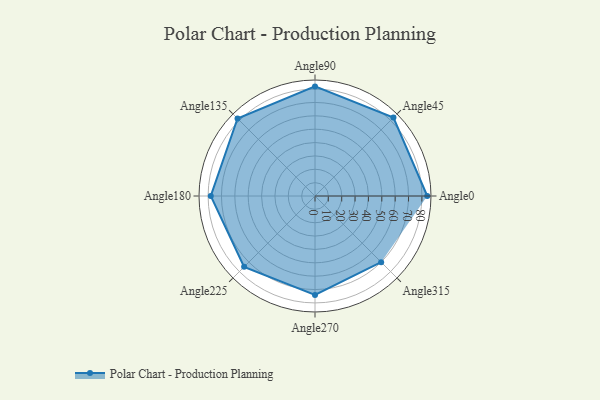
{"axis": {"x": "Angle", "y": "Radius"}, "legend": [""], "data": [{"x": "Angle0", "y": 84.0, "type": ""}, {"x": "Angle45", "y": 83.0, "type": ""}, {"x": "Angle90", "y": 82.0, "type": ""}, {"x": "Angle135", "y": 82.0, "type": ""}, {"x": "Angle180", "y": 78.0, "type": ""}, {"x": "Angle225", "y": 75.0, "type": ""}, {"x": "Angle270", "y": 74.0, "type": ""}, {"x": "Angle315", "y": 70.0, "type": ""}]}